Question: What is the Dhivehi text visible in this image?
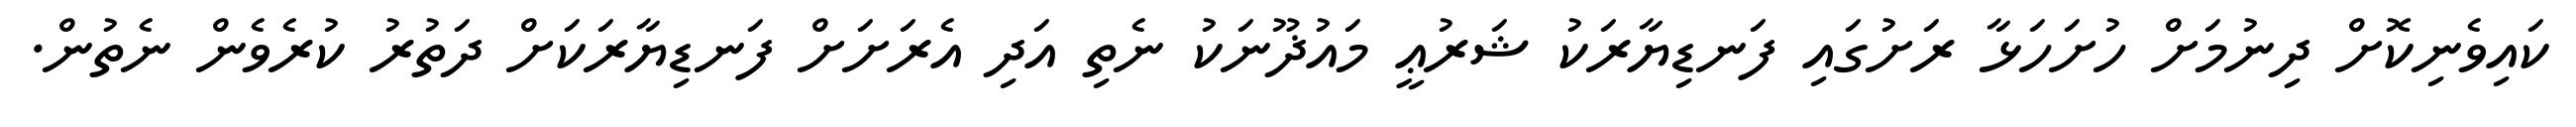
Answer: ކައިވެނިކޮށް ދިނުމަށް ހުށަހަޅާ ރަށުގައި ފަނޑިޔާރަކު ޝަރުޢީ މައުޛޫނަކު ނެތި އަދި އެރަށަށް ފަނޑިޔާރަކަށް ދަތުރު ކުރެވެން ނެތުން.